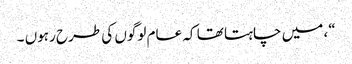
“، میں چاہتا تھا کہ عام لوگوں کی طرح رہوں ۔